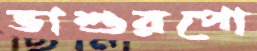
ভাশুরপো